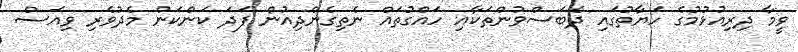
ވީމާ ދިރިއުޅުމުގެ ހަޔާތުގައި ދެބަސްވުންތަކާއި ހައްގުތައް ނެތިގެންދިއުން ފަދަ ކަންކަން މެދުވެރި ވިއަސް